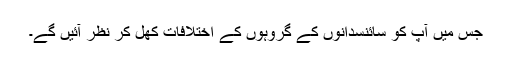
جس میں آپ کو سائنسدانوں کے گروہوں کے اختلافات کھل کر نظر آئیں گے۔